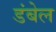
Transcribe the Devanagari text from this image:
डंबेल